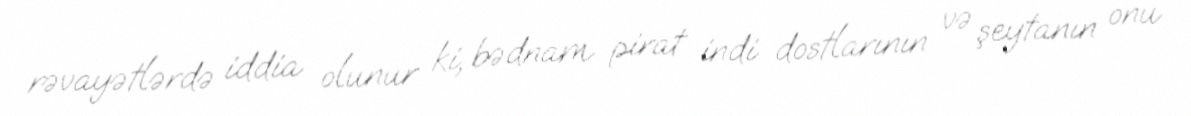
rəvayətlərdə iddia olunur ki, bədnam pirat indi dostlarının və şeytanın onu